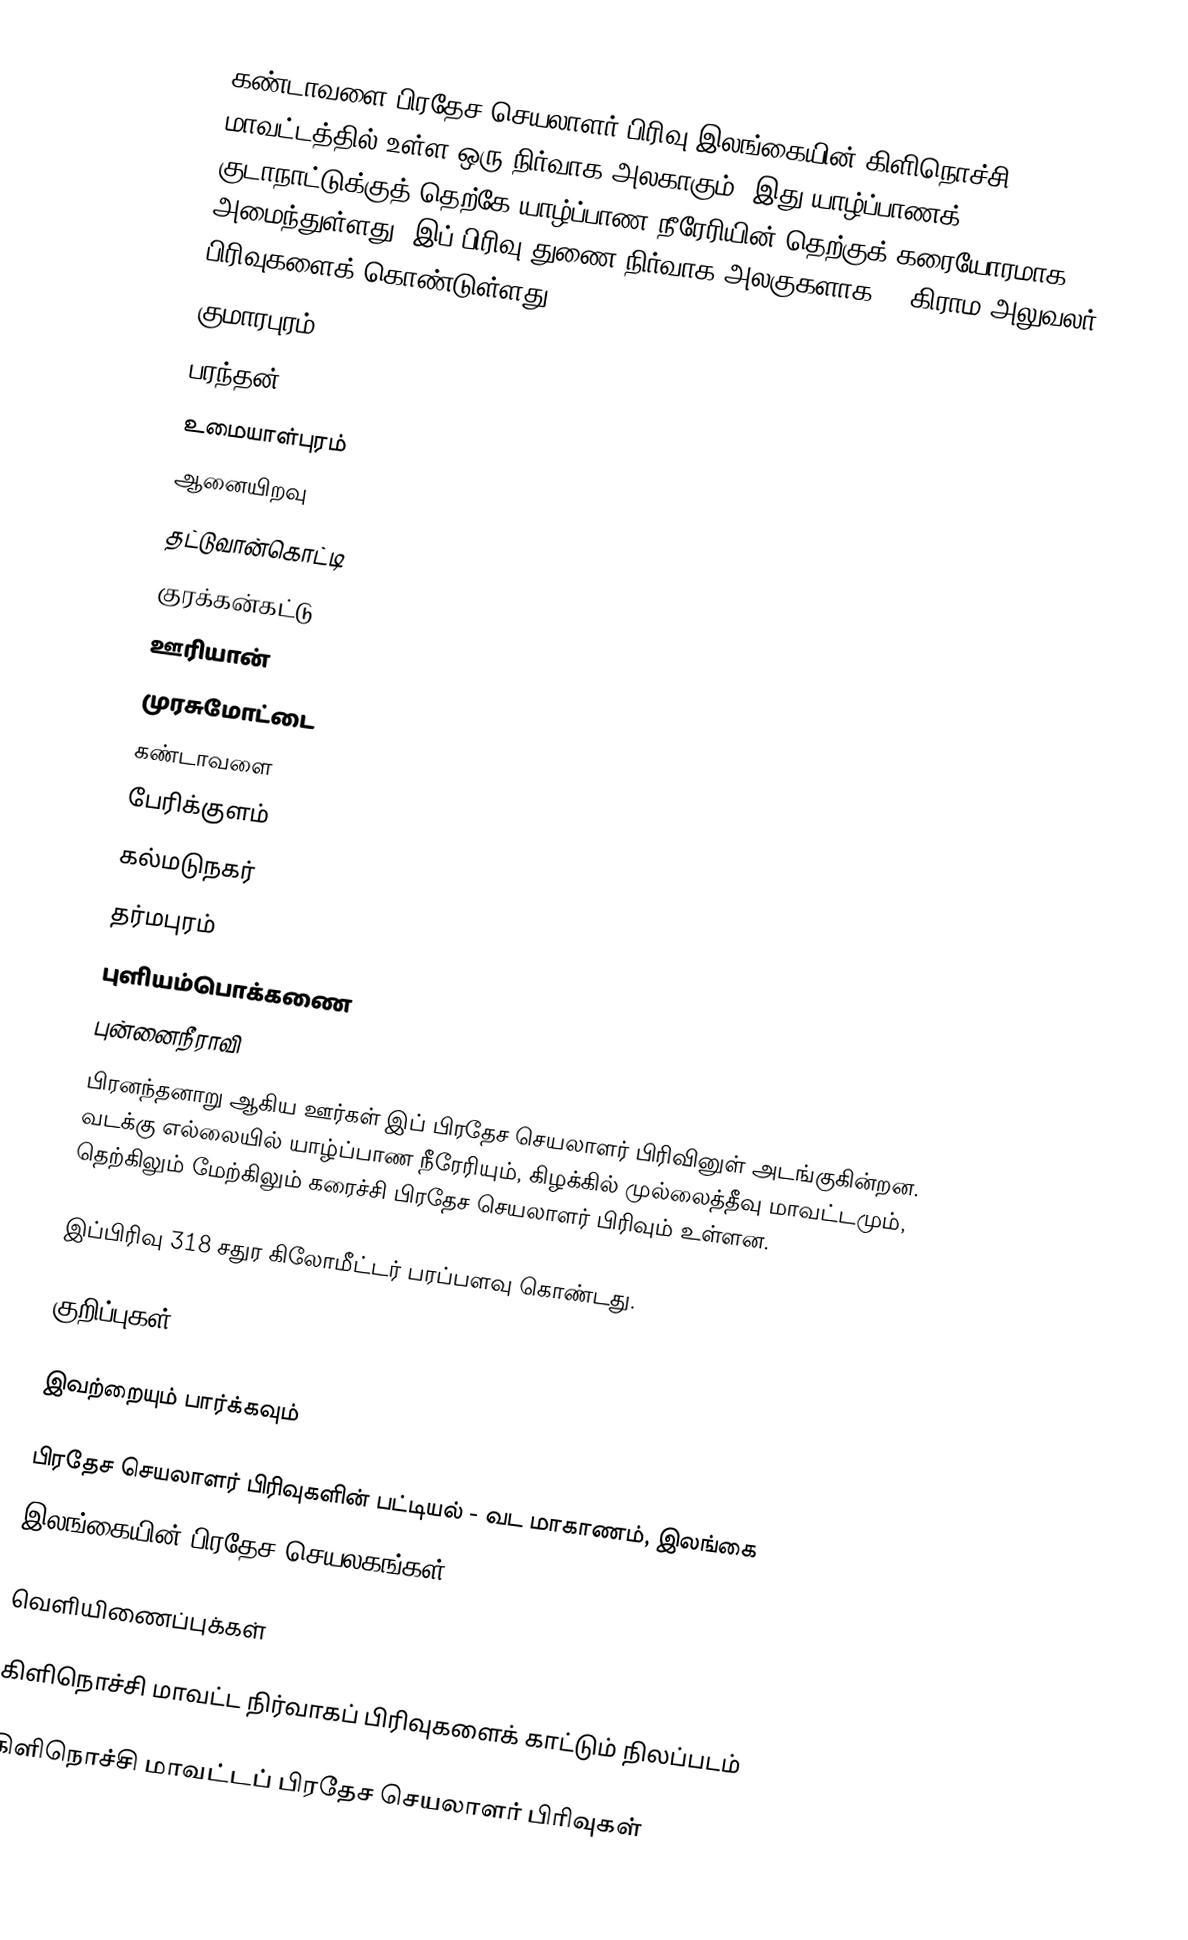
கண்டாவளை பிரதேச செயலாளர் பிரிவு இலங்கையின் கிளிநொச்சி மாவட்டத்தில் உள்ள ஒரு நிர்வாக அலகாகும். இது யாழ்ப்பாணக் குடாநாட்டுக்குத் தெற்கே யாழ்ப்பாண நீரேரியின் தெற்குக் கரையோரமாக அமைந்துள்ளது. இப் பிரிவு துணை நிர்வாக அலகுகளாக 16 கிராம அலுவலர் பிரிவுகளைக் கொண்டுள்ளது.
 குமாரபுரம்
 பரந்தன்
 உமையாள்புரம்
 ஆனையிறவு
 தட்டுவான்கொட்டி
 குரக்கன்கட்டு
 ஊரியான்
 முரசுமோட்டை
 கண்டாவளை
 பேரிக்குளம்
 கல்மடுநகர்
 தர்மபுரம்
 புளியம்பொக்கணை
 புன்னைநீராவி
 பிரனந்தனாறு ஆகிய ஊர்கள் இப் பிரதேச செயலாளர் பிரிவினுள் அடங்குகின்றன. வடக்கு எல்லையில் யாழ்ப்பாண நீரேரியும், கிழக்கில் முல்லைத்தீவு மாவட்டமும், தெற்கிலும் மேற்கிலும் கரைச்சி பிரதேச செயலாளர் பிரிவும் உள்ளன.

இப்பிரிவு 318 சதுர கிலோமீட்டர் பரப்பளவு கொண்டது.

குறிப்புகள்

இவற்றையும் பார்க்கவும்

 பிரதேச செயலாளர் பிரிவுகளின் பட்டியல் - வட மாகாணம், இலங்கை
 இலங்கையின் பிரதேச செயலகங்கள்

வெளியிணைப்புக்கள்

 கிளிநொச்சி மாவட்ட நிர்வாகப் பிரிவுகளைக் காட்டும் நிலப்படம்

கிளிநொச்சி மாவட்டப் பிரதேச செயலாளர் பிரிவுகள்